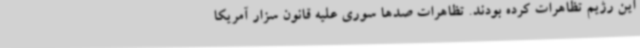
این رژیم تظاهرات کرده بودند. تظاهرات صدها سوری علیه قانون سزار آمریکا